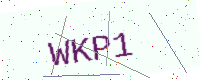
Text: WKP1